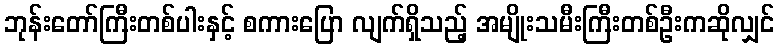
ဘုန်းတော်ကြီးတစ်ပါးနှင့် စကားပြော လျက်ရှိသည့် အမျိုးသမီးကြီးတစ်ဦးကဆိုလျှင်